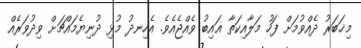
މިޚަބަރު ދެއްވުމަށް ފަހު މަލާއިކަތާ ޣައިބު ވެއްޖެއެވެ. އެހިނދު މުޅި ދުނިޔެމައްޗަށް ވިދުވަރެއް